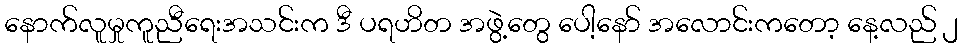
နောက်လူမှုကူညီရေးအသင်းက ဒီ ပရဟိတ အဖွဲ့တွေ ပေါ့နော် အလောင်းကတော့ နေ့လည် ၂